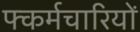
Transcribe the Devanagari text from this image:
फ्कर्मचारियों